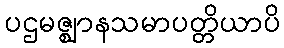
ပဌမဇ္ဈာနသမာပတ္တိယာပိ